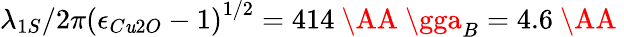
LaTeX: \lambda_{1S}/2\pi\left({\epsilon_{C\mathit{u}2O}-1}\right)^{1/2}=414\mathrm{{~\AA~}}\gga_{B}=4.6\mathrm{{~\AA~}}